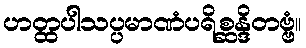
ဟတ္ထပါသပ္ပမာဏံပရိစ္ဆန္ဒိတဗ္ဗံ။